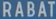
RABAT